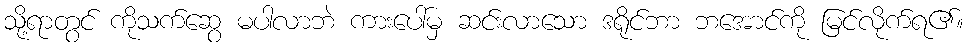
သို့ရာတွင် ကိုသက်ဆွေ မပါလာဘဲ ကားပေါ်မှ ဆင်းလာသော ဒရိုင်ဘာ ဘအောင်ကို မြင်လိုက်ရ၏။